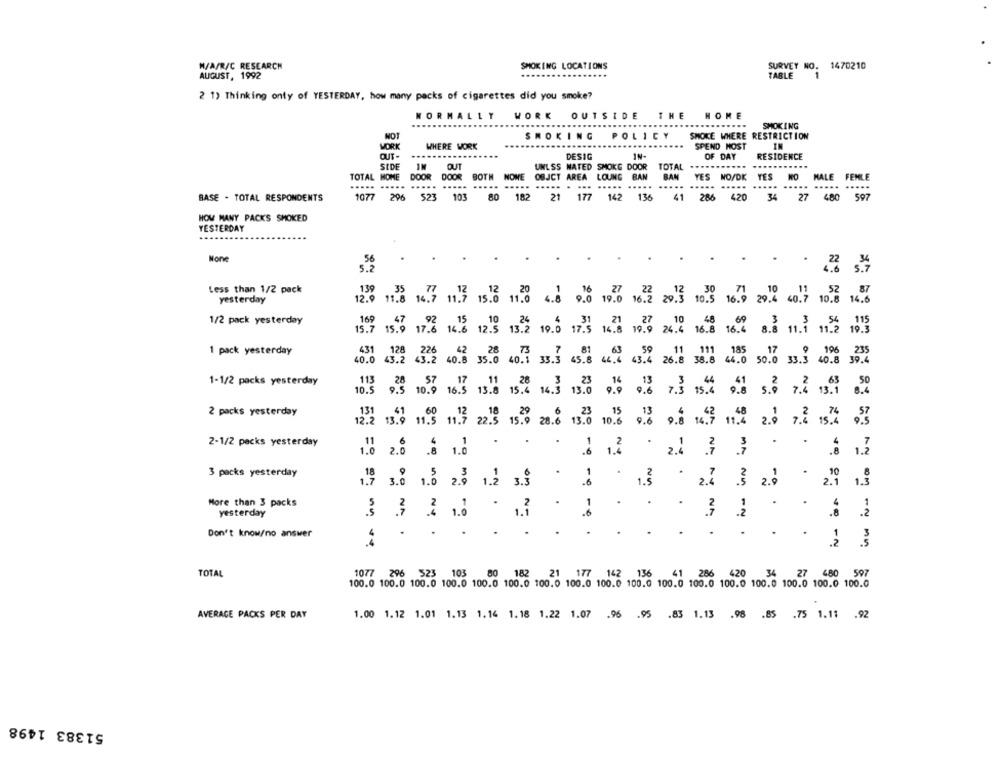
M/A/R/C RESEARCH
SMOKING LOCATIONS
SURVEY NO. 1470210
AUGUST, 1992
TABLE
1
2 1) Thinking only of YESTERDAY, how many packs of cigarettes did you smoke?
WORK OUTSIDE THE HOME
NORMALLY
SMOKING
NOT
SMOKING
POLICY
SMOKE WHERE RESTRICTION
WORK
WHERE WORK
SPEND MOST
OUT-
DESIG
IN-
OF DAY
RESIDENCE
SIDE
IM
OUT
UNLSS NATED SMOKG DOOR
TOTAL
DOOR DOOR BOTH NOWE
TOTAL HOME
OBJCT AREA LOUNG BAN
BAM
YES NO/DK YES NO MALE FEMLE
.....
..... .....
..... ..... ..... .
.....
......
..... .....
...
BASE - TOTAL RESPONDENTS
1077 296 523 1
103
80 182
21 177 142 136
41 286 420
34 27
480 597
HOW MANY PACKS SMOKED
YESTERDAY
56
.
5.2
Less than 1/2 pack
11.8 14.7 11.7 15.10
yesterday
12.9
19,20
19.0 16.2 20.3 10.9 16.7 29.2 60.7 10.8 14.6
1/2 pack yesterday
169 47 92 15 10
. 24
4 31 21 27
10
48
54 115
15.7 15.9 17.6 14.6 12.5 13.2 19.0 17.5 14.8 19.9 24.4 16.8 16.4 8.8 11.1 11.2 19.3
1 pack yesterday
431 128 226 42 28 73 7 81 63 59 11 111 185 17 9 196 235
128
226
42
28 73
211 185
40.8 35.0 40.1 33.3 45.8 44.4 43.4 26.8 38.8 44.0 50.0 33.3 40
39.4
1-1/2 packs yesterday
113
10.5 9.5 10.9
13.8 15.4 14.3 13.0 9.0 9.8 7.3 15% 9.1 5.0 7.3 13.3
2 packs yesterday
131
13.9 11 9 11.7 22.5
15.9 28.0 13.0 10.15
9.6 9.8 14.9 11.4 2.0 7.2 15.2 .3
2-1/2 packs yesterday
2.0 : 1.0
3 packs yesterday
1.7 3.0 1.0 2.9 1.2 3.9
1.5
2.4 3 2.0 20 13
More than 3 packs
yesterday
3 3 2 1.0
NA
-N
. : 2
.
.
.
Don't know/no answer
4
.
.. . 3 3
TOTAL
1077 296 523 103
0 182
21 177 142 136
41
41 286 420
34
27 480 597
100.0 100.0 100.0 100.0 100.0 100.0 100.0 100.0 100.0 100.0 100.0 100.0 100.0 100.0 100.0 100.0 100.0
AVERAGE PACKS PER DAY
1.00 1.12 1.01 1.13 1.14 1.18 1.22 1.07 .96 .95 .83 1.13 .98 .85 .75 1.11 .92
51383 1498